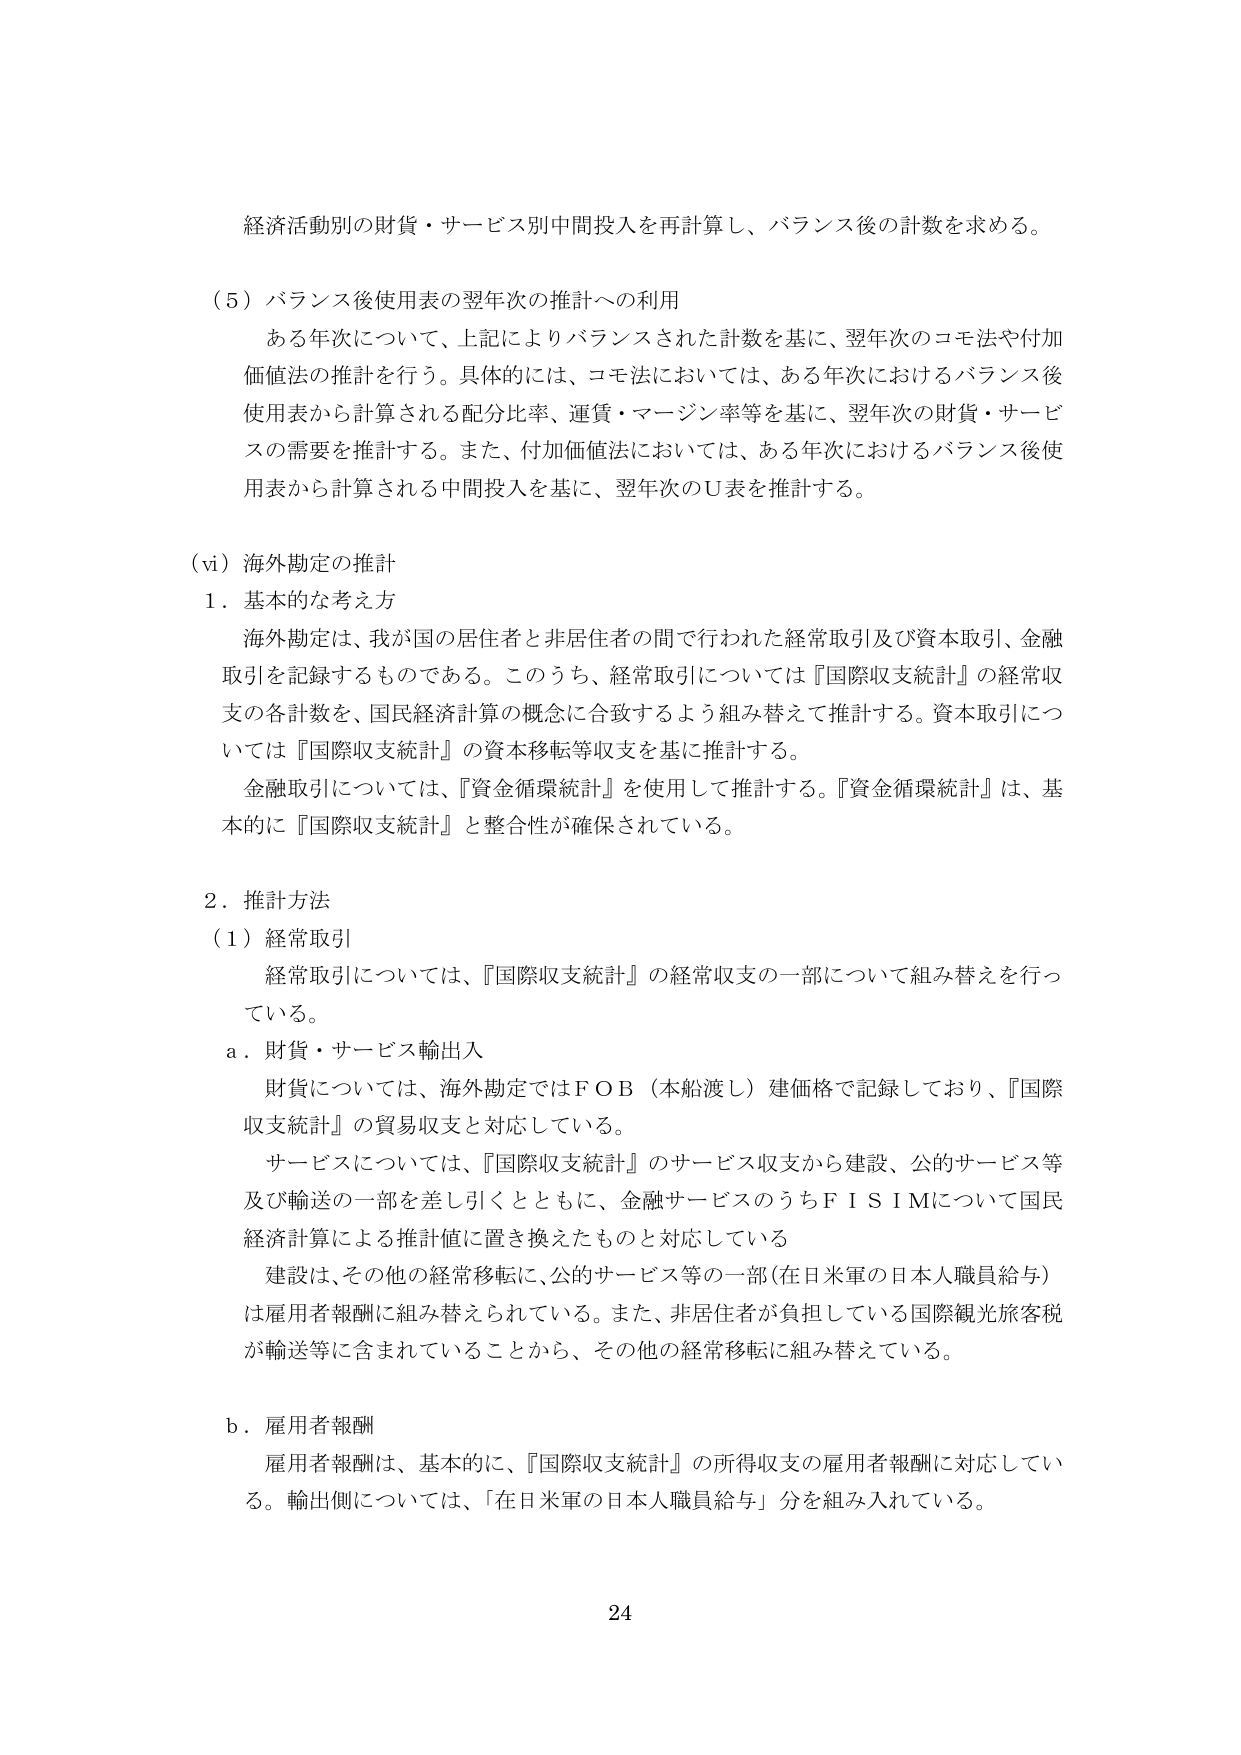
経済活動別の財貨・サービス別中間投入を再計算し、バランス後の計数を求める。

（５）バランス後使用表の翌年次の推計への利用
　ある年次について、上記によりバランスされた計数を基に、翌年次のコモ法や付加価値法の推計を行う。具体的には、コモ法においては、ある年次におけるバランス後使用表から計算される配分比率、運賃・マージン率等を基に、翌年次の財貨・サービスの需要を推計する。また、付加価値法においては、ある年次におけるバランス後使用表から計算される中間投入を基に、翌年次のＵ表を推計する。

（vi）海外勘定の推計
１．基本的な考え方
　海外勘定は、我が国の居住者と非居住者の間で行われた経常取引及び資本取引、金融取引を記録するものである。このうち、経常取引については『国際収支統計』の経常収支の各計数を、国民経済計算の概念に合致するよう組み替えて推計する。資本取引については『国際収支統計』の資本移転等収支を基に推計する。
　金融取引については、『資金循環統計』を使用して推計する。『資金循環統計』は、基本的に『国際収支統計』と整合性が確保されている。

２．推計方法
（１）経常取引
　経常取引については、『国際収支統計』の経常収支の一部について組み替えを行っている。
ａ．財貨・サービス輸出入
　財貨については、海外勘定ではＦＯＢ（本船渡し）建価格で記録しており、『国際収支統計』の貿易収支と対応している。
　サービスについては、『国際収支統計』のサービス収支から建設、公的サービス等及び輸送の一部を差し引くとともに、金融サービスのうちＦＩＳＩＭについて国民経済計算による推計値に置き換えたものと対応している
　建設は、その他の経常移転に、公的サービス等の一部（在日米軍の日本人職員給与）は雇用者報酬に組み替えられている。また、非居住者が負担している国際観光旅客税が輸送等に含まれていることから、その他の経常移転に組み替えている。

ｂ．雇用者報酬
　雇用者報酬は、基本的に、『国際収支統計』の所得収支の雇用者報酬に対応している。輸出側については、「在日米軍の日本人職員給与」分を組み入れている。

24